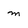
Character: m